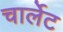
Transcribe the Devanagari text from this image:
चार्लेट